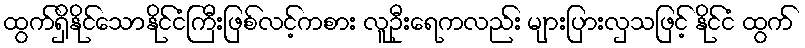
ထွက်ရှိနိုင်သောနိုင်ငံကြီးဖြစ်လင့်ကစား လူဦးရေကလည်း များပြားလှသဖြင့် နိုင်ငံ ထွက်